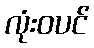
လုံးဝပင်